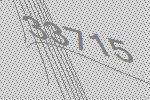
33715